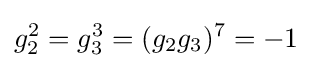
g_{2}^{2}=g_{3}^{3}=(g_{2}g_{3})^{7}=-1